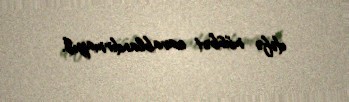
dəfə müsbət cavablandırmayıb.